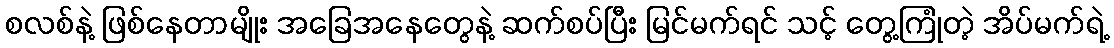
စလစ်နဲ့ ဖြစ်နေတာမျိုး အခြေအနေတွေနဲ့ ဆက်စပ်ပြီး မြင်မက်ရင် သင့် တွေ့ကြုံတဲ့ အိပ်မက်ရဲ့